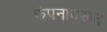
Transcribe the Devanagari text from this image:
कंपनावरून